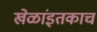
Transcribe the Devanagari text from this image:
खेळांइतकाच